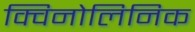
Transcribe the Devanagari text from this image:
क्विनोलिनिक